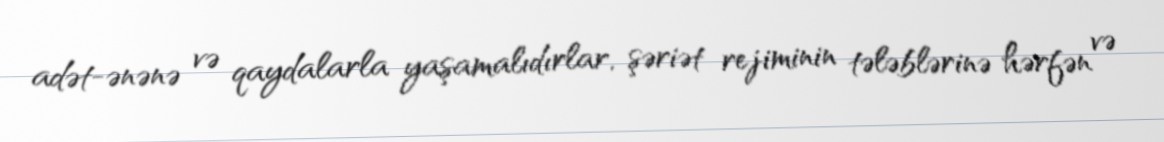
adət-ənənə və qaydalarla yaşamalıdırlar, şəriət rejiminin tələblərinə hərfən və